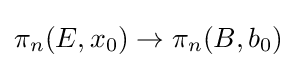
\pi _{n}(E,x_{0})\rightarrow \pi _{n}(B,b_{0})